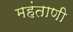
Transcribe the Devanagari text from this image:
महंताणी